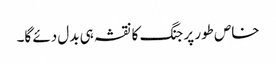
خاص طور پر جنگ کا نقشہ ہی بدل دئے گا۔